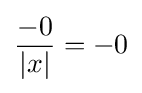
{\frac {-0}{\left|x\right|}}=-0\,\!